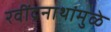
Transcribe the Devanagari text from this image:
रवींद्रनाथांमुळे